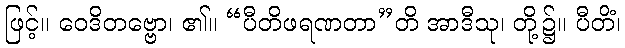
ဖြင့်။ ဝေဒိတဗ္ဗော၊ ၏။ “ပီတိဖရဏတာ”တိ အာဒီသု၊ တို့၌။ ပီတိံ၊